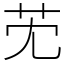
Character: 䒞